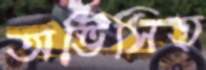
অভিসিত্